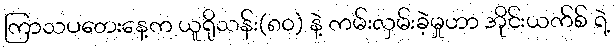
ကြာသပတေးနေ့က ယူရိုသန်း(၈၀) နဲ့ ကမ်းလှမ်းခဲ့မှုဟာ အိုင်းယက်စ် ရဲ့